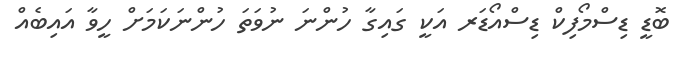
ބޮޑީ ޑިސްމޯފިކް ޑިސްއޯޑަރ އަކީ ގައިގާ ހުންނަ ނުވަތަ ހުންނަކަމަށް ހީވާ އައިބެއް